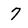
Character: 7